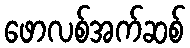
ဖောလစ်အက်ဆစ်